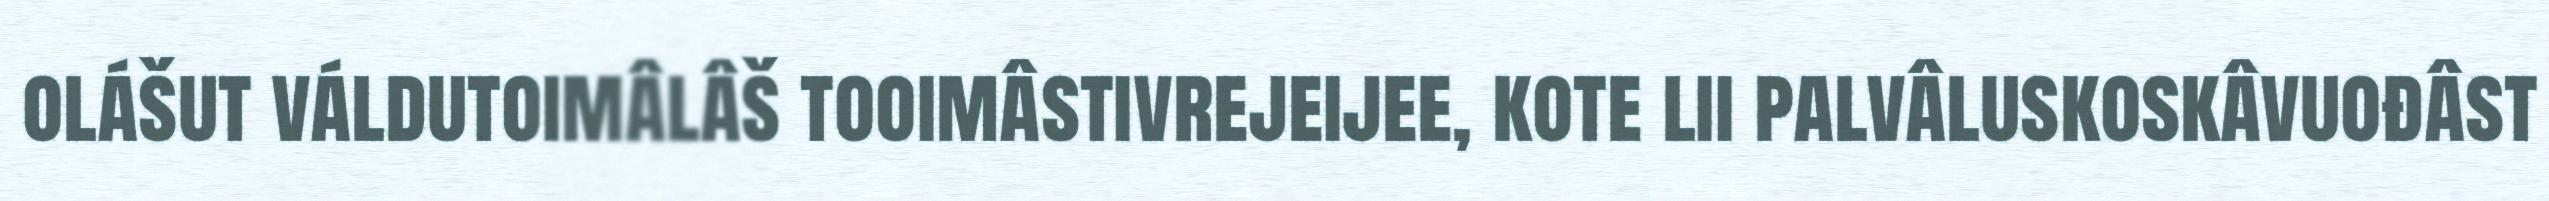
olášut váldutoimâlâš tooimâstivrejeijee, kote lii palvâluskoskâvuođâst